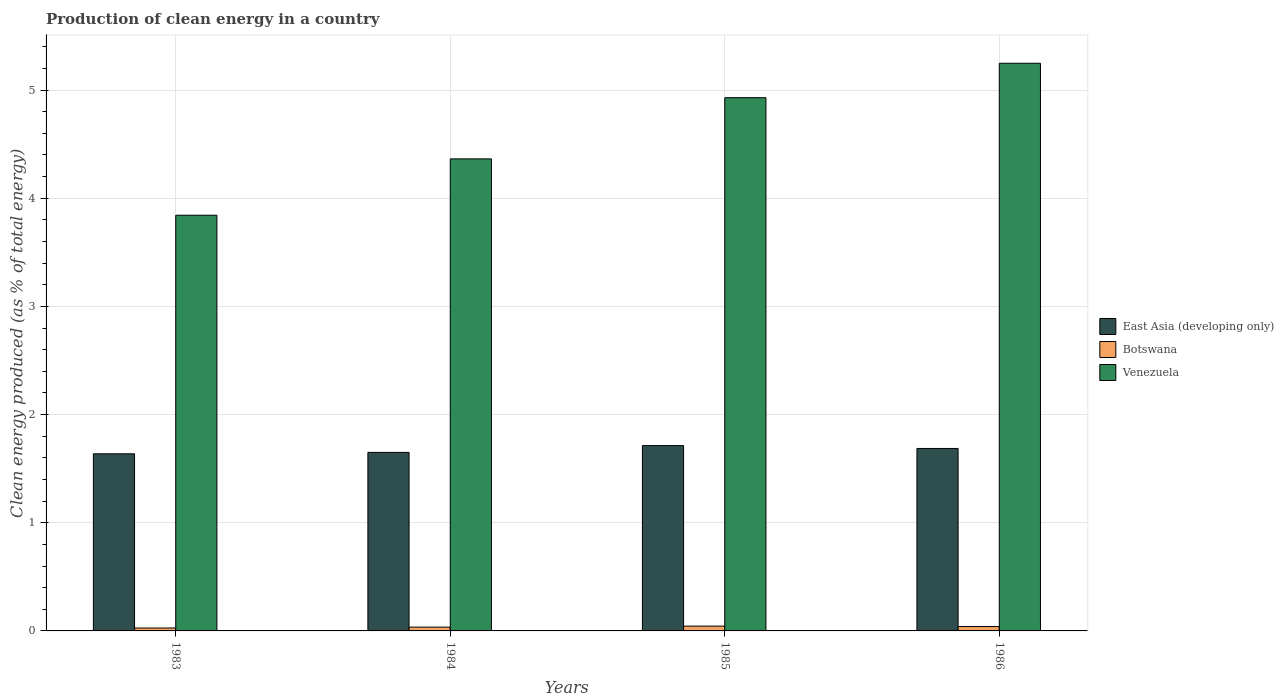
| Years | East Asia (developing only) | Botswana | Venezuela |
 | --- | --- | --- | --- |
 | 1983 | 1.64 | 0.0269 | 3.84 |
 | 1984 | 1.65 | 0.0352 | 4.36 |
 | 1985 | 1.71 | 0.0444 | 4.93 |
 | 1986 | 1.69 | 0.0405 | 5.25 |